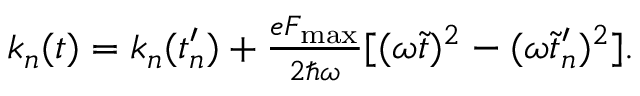
\begin{array} { r } { k _ { n } ( t ) = k _ { n } ( t _ { n } ^ { \prime } ) + \frac { e F _ { \mathrm { m a x } } } { 2 \hbar \omega } [ ( \omega \tilde { t } ) ^ { 2 } - ( \omega \tilde { t } _ { n } ^ { \prime } ) ^ { 2 } ] . } \end{array}